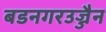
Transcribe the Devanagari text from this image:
बडनगरउज्जैन